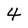
Character: 4